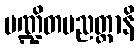
ပဏ္ဍိတပညတ္တာနိ